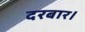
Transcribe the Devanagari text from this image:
दरबार।